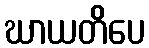
ဃာယတိပေ